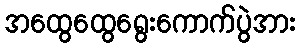
အထွေထွေရွေးကောက်ပွဲအား